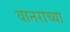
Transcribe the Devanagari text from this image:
वानराच्या